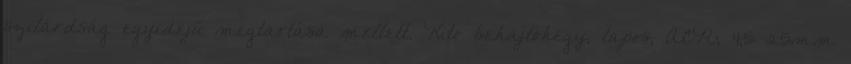
szilárdság egyidejű megtartása mellett. Kito behajtóhegy, lapos, ACR; 4,5×25mm